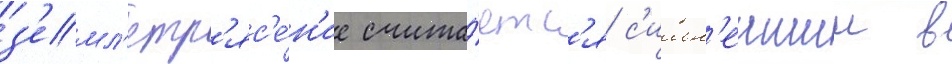
з'емл'етр'яс'е́н'ие счита́етс'я с'ильн'еишим в